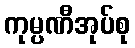
ကုမ္ပဏီအုပ်စု